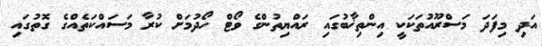
އަދި މިފަދަ މަސްރޫއުތަކަކީ އިންތިޚާބުގައި ރައްޔިތުންގެ ވޯޓް ހޯދުމަށް ކުރާ މަސައްކަތެއްގެ ގޮތުގައި